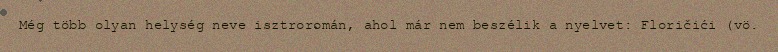
Még több olyan helység neve isztroromán, ahol már nem beszélik a nyelvet: Floričići (vö.